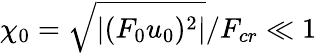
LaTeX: \chi_{0}=\sqrt{|(F_{0}u_{0})^{2}|}/F_{cr}\ll 1